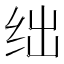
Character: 绌